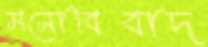
মনোবিবাদ